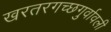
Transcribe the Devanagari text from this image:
खरतरगच्छगुर्वावली